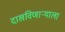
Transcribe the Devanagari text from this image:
दाखविणार्‍याला